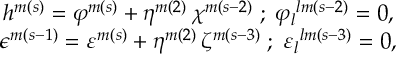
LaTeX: \begin{array} { c } { { h ^ { m ( s ) } = \varphi ^ { m ( s ) } + \eta ^ { m ( 2 ) } \, \chi ^ { m ( s - 2 ) } \; ; \; { \varphi _ { l } } ^ { l m ( s - 2 ) } = 0 , } } \\ { { \epsilon ^ { m ( s - 1 ) } = \varepsilon ^ { m ( s ) } + \eta ^ { m ( 2 ) } \, \zeta ^ { m ( s - 3 ) } \; ; \; { \varepsilon _ { l } } ^ { l m ( s - 3 ) } = 0 , } } \end{array}